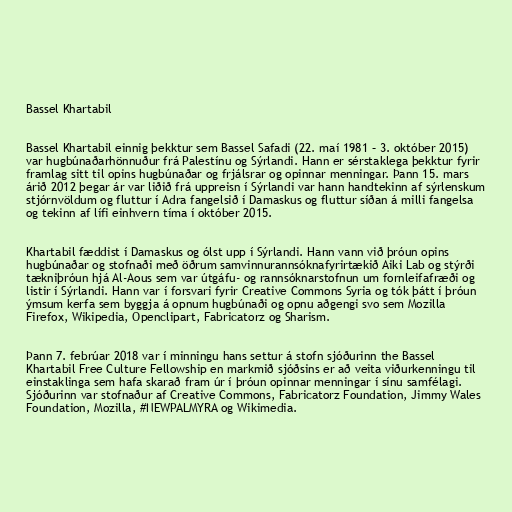
Bassel Khartabil

Bassel Khartabil einnig þekktur sem Bassel Safadi (22. maí 1981 – 3. október 2015)
var hugbúnaðarhönnuður frá Palestínu og Sýrlandi. Hann er sérstaklega þekktur fyrir
framlag sitt til opins hugbúnaðar og frjálsrar og opinnar menningar. Þann 15. mars
árið 2012 þegar ár var liðið frá uppreisn í Sýrlandi var hann handtekinn af sýrlenskum
stjórnvöldum og fluttur í Adra fangelsið í Damaskus og fluttur síðan á milli fangelsa
og tekinn af lífi einhvern tíma í október 2015.

Khartabil fæddist í Damaskus og ólst upp í Sýrlandi. Hann vann við þróun opins
hugbúnaðar og stofnaði með öðrum samvinnurannsóknafyrirtækið Aiki Lab og stýrði
tækniþróun hjá Al-Aous sem var útgáfu- og rannsóknarstofnun um fornleifafræði og
listir í Sýrlandi. Hann var í forsvari fyrir Creative Commons Syria og tók þátt í þróun
ýmsum kerfa sem byggja á opnum hugbúnaði og opnu aðgengi svo sem Mozilla
Firefox, Wikipedia, Openclipart, Fabricatorz og Sharism.

Þann 7. febrúar 2018 var í minningu hans settur á stofn sjóðurinn the Bassel
Khartabil Free Culture Fellowship en markmið sjóðsins er að veita viðurkenningu til
einstaklinga sem hafa skarað fram úr í þróun opinnar menningar í sínu samfélagi.
Sjóðurinn var stofnaður af Creative Commons, Fabricatorz Foundation, Jimmy Wales
Foundation, Mozilla, #NEWPALMYRA og Wikimedia.